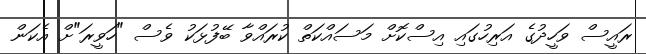
ރައީސް ވަހީދުގެ އަރިހުގައި އިސްކޮށް މަސައްކަތް ކުރައްވާ ބޭފުޅަކު ވެސް "ހަވީރަ"ށް އެކަން